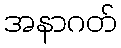
အနာဂတ်